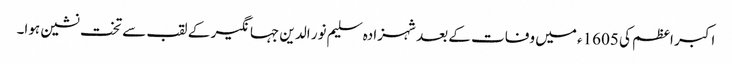
اکبر اعظم کی 1605ء میں وفات کے بعد شہزادہ سلیم نور الدین جہانگیر کے لقب سے تخت نشین ہوا۔